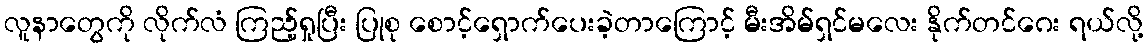
လူနာတွေကို လိုက်လံ ကြည့်ရှုပြီး ပြုစု စောင့်ရှောက်ပေးခဲ့တာကြောင့် မီးအိမ်ရှင်မလေး နိုက်တင်ဂေး ရယ်လို့